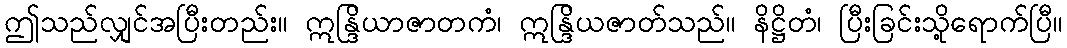
ဤသည်လျှင်အပြီးတည်း။ ဣန္ဒြိယာဇာတကံ၊ ဣန္ဒြိယဇာတ်သည်။ နိဋ္ဌိတံ၊ ပြီးခြင်းသို့ရောက်ပြီ။